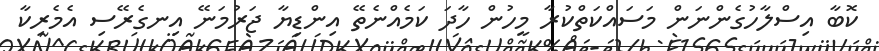
ކޮބާ އިސްލާހުގެންނަން މަސައްކަތްކުރާ މީހުން ހާދަ ކަމެއްނެތޭ އިންޑިޔާ ޖަރުމަނޭ އިނގެރޭސި އެމެރިކާ